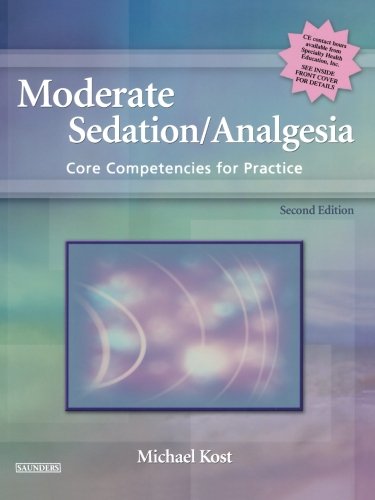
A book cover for Moderate Sedation/Analgesia: Core Competencies for Practice, 2e; Michael Kost CRNA  MS  MSN; Medical Books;